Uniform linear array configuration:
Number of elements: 32
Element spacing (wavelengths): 0.25
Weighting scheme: hann
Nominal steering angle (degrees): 30
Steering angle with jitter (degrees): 30.299
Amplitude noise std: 0.05
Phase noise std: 0.05

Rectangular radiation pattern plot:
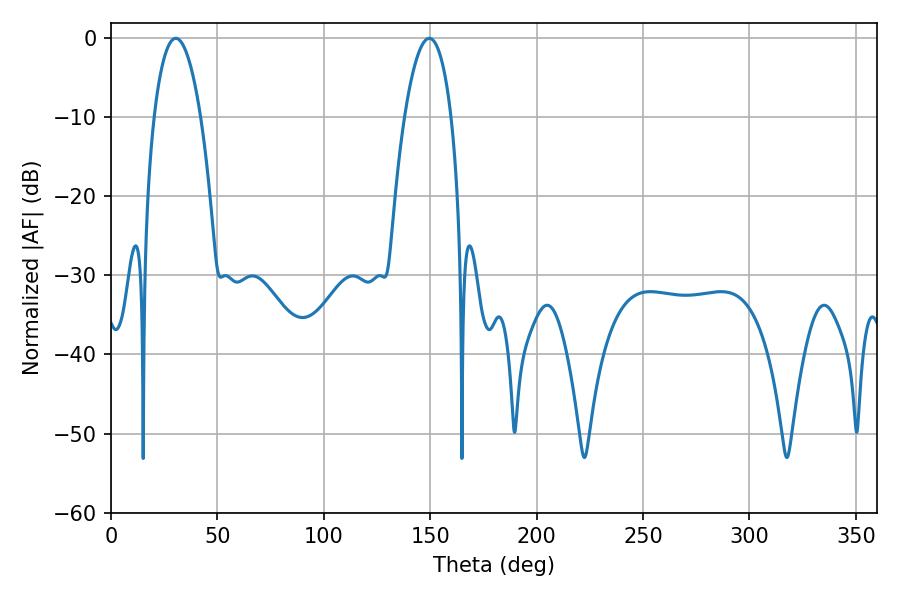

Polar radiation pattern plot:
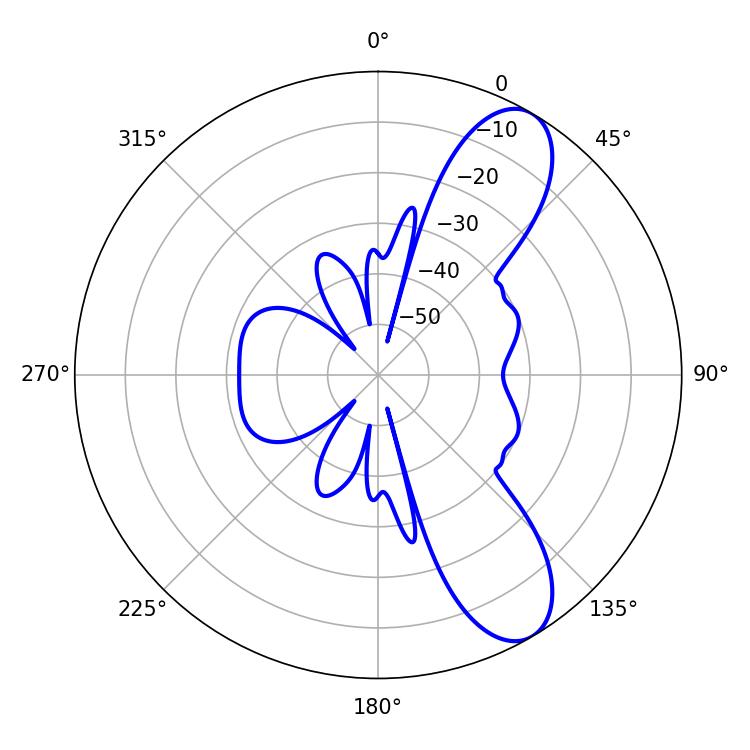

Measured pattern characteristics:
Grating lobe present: FALSE
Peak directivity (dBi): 9.354
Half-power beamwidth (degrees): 12.24
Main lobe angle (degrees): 30.42